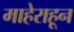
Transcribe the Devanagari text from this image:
माहेराहून